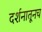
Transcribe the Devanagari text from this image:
दर्शनातूनच